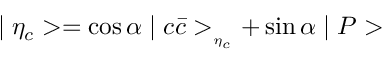
\mid \eta _ { c } > = \cos \alpha \mid c \bar { c } > _ { _ { \eta _ { c } } } + \sin \alpha \mid P >